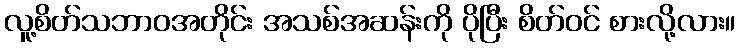
လူ့စိတ်သဘာဝအတိုင်း အသစ်အဆန်းကို ပိုပြီး စိတ်ဝင် စားလို့လား။